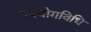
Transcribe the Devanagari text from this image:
उपयोगविधि